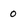
Character: 0